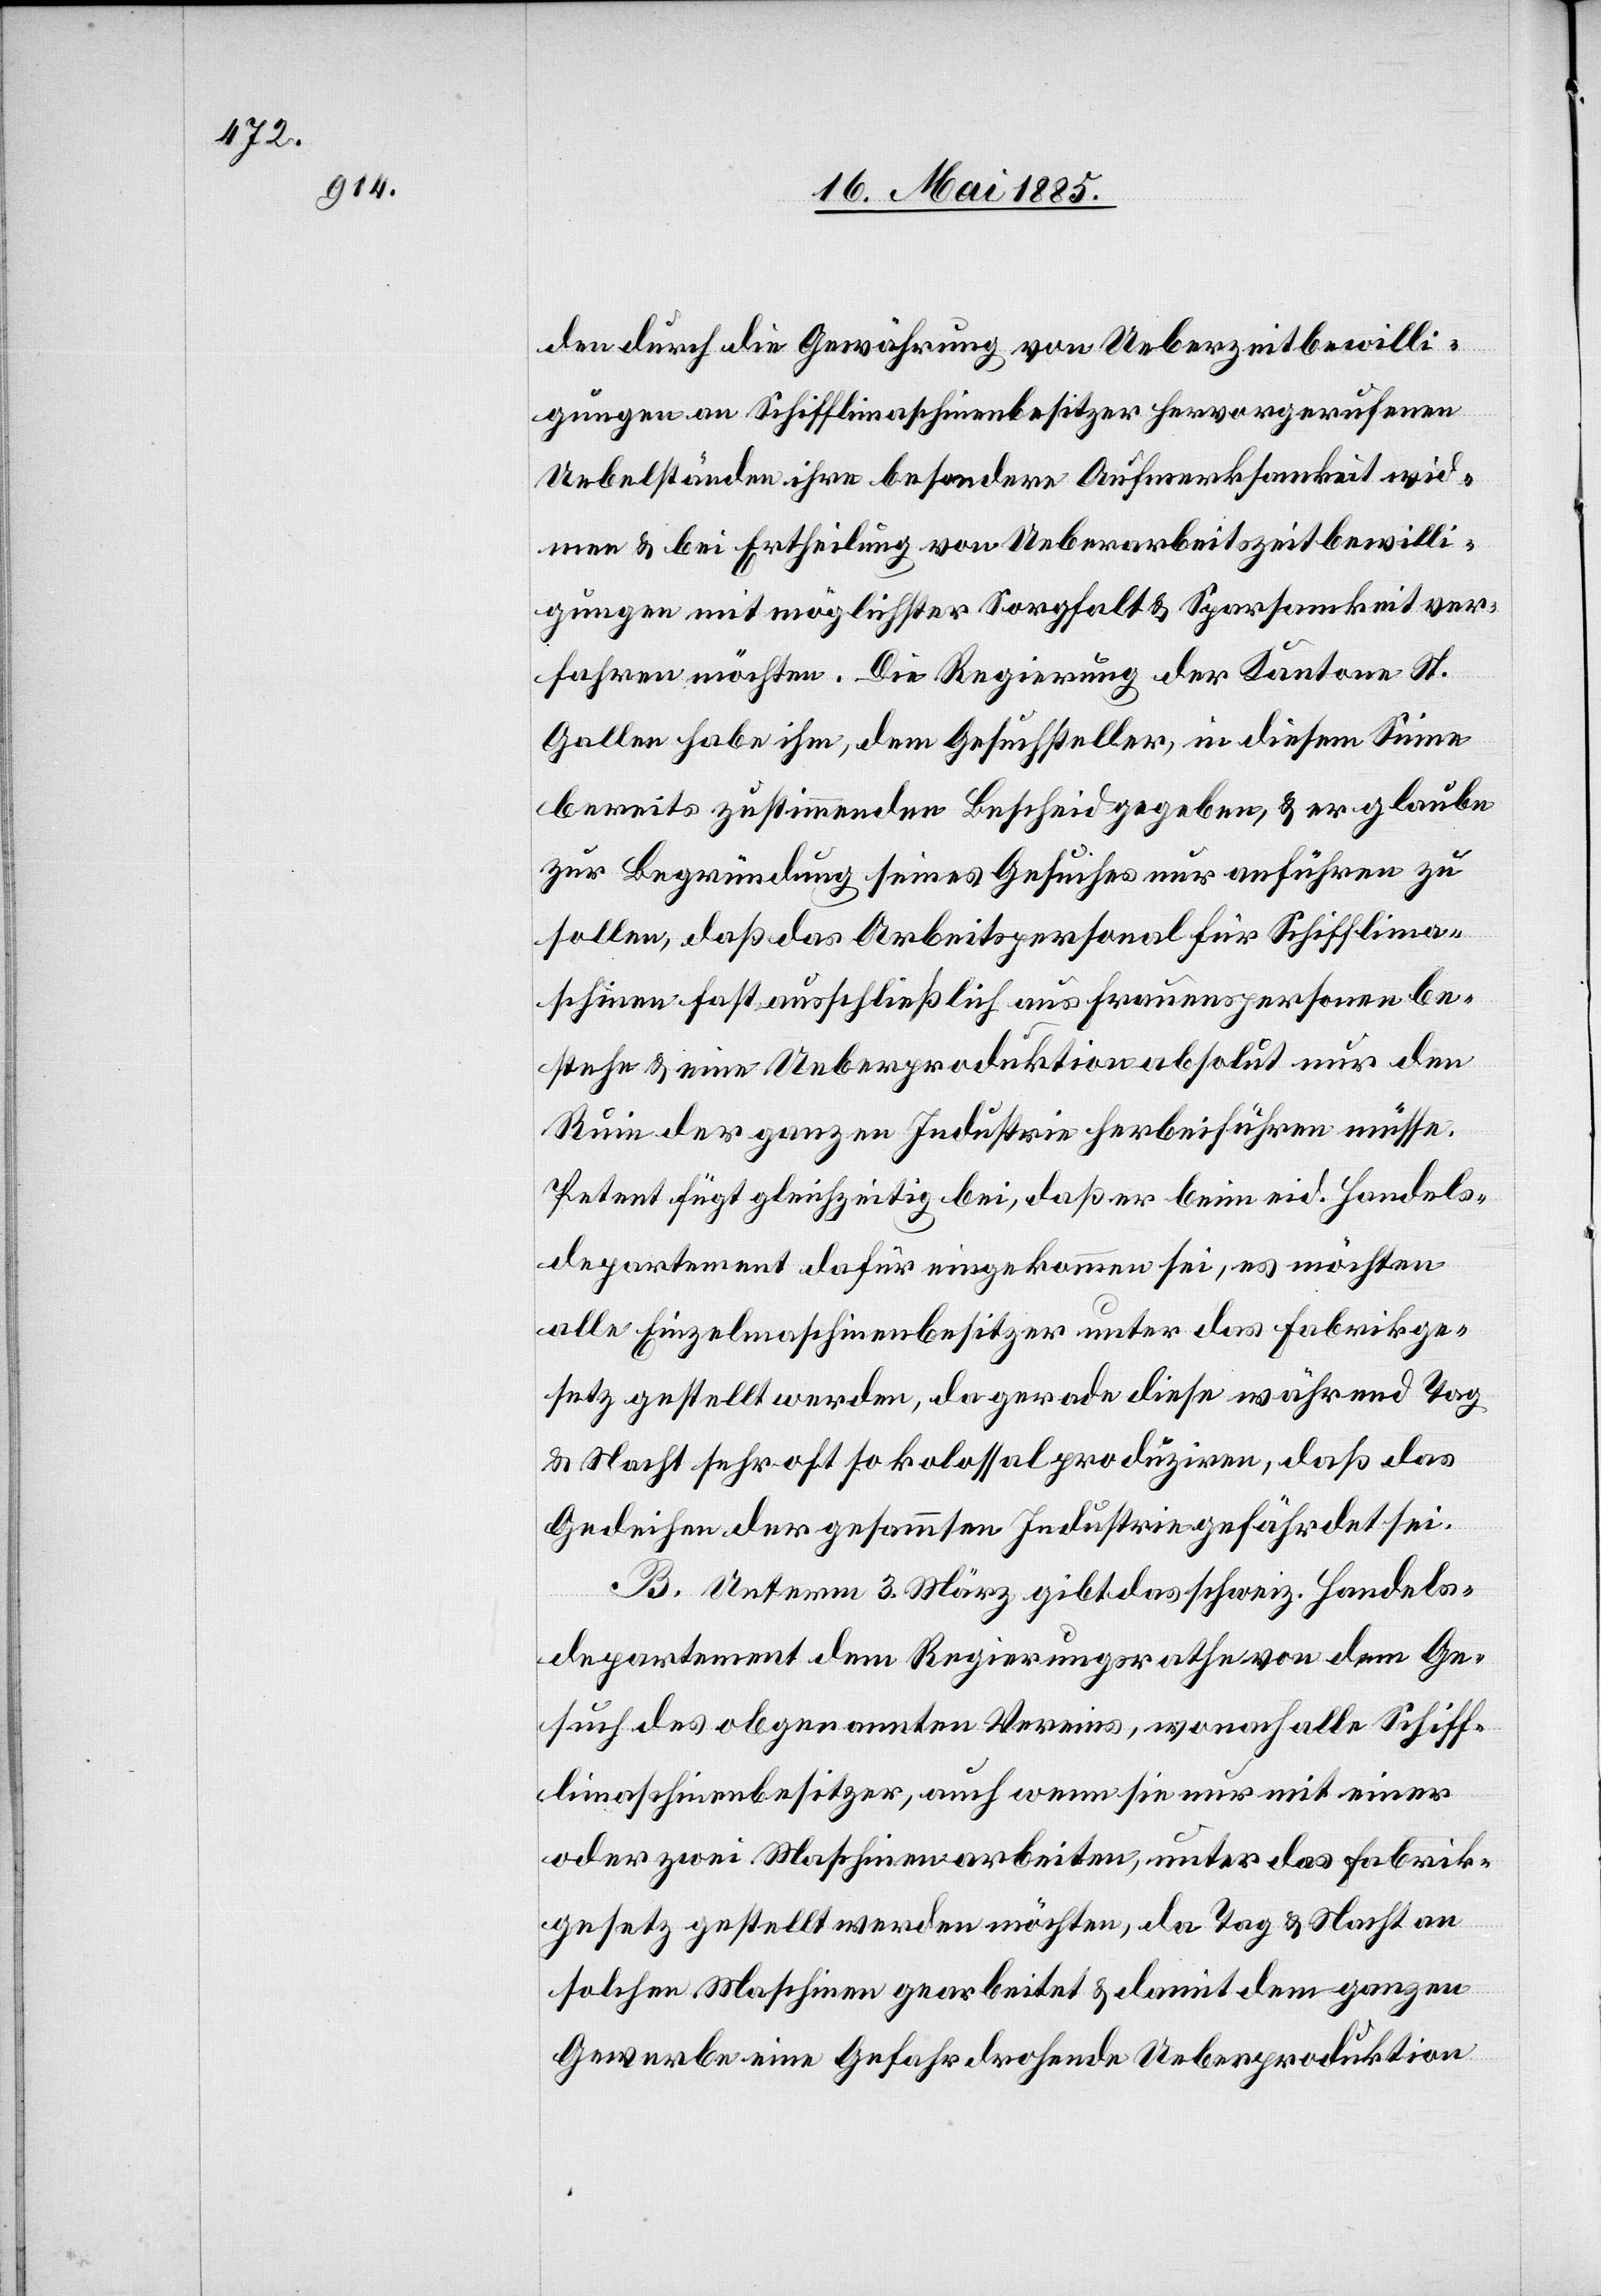
den durch die Gewährung von Ueberzeitbewilli¬
gungen an Schifflimaschinenbesitzer hervorgerufenen
Uebelständen ihre besondere Aufmerksamkeit wid¬
men & bei Ertheilung von Ueberarbeitszeitbewilli¬
gungen mit möglichster Sorgfalt & Sparsamkeit ver¬
fahren möchten. Die Regierung der Kantone
Gallen habe ihm, dem Gesuchsteller, in diesem Sinne
bereits zustimmenden Bescheid gegeben, & er glaube
zur Begründung seines Gesuches nur anführen zu
sollen, daß das Arbeitspersonal für Schifflima¬
schinen fast ausschließlich aus Frauenspersonen be¬
stehe & eine Ueberproduktion absolut nur den
Ruin der ganzen Industrie herbeiführen müsse.
Petent fügt gleichzeitig bei, daß er beim eid. Handels¬
departement dafür eingekommen sei, es möchten
alle Einzelmaschinenbesitzer unter das Fabrikge¬
setz gestellt werden, da gerade diese während Tag
& Nacht sehr oft so kolossal produziren, daß das
Gedeihen der gesammten Industrie gefährdet sei.
B. Unterm 3. März gibt das schweiz. Handels¬
departement dem Regierungsrathe von dem Ge¬
such des obgenannten Vereins, wonach alle Schiff¬
limaschinenbesitzer, auch wenn sie nur mit einer
oder zwei Maschinen arbeiten, unter das Fabrik¬
gesetz gestellt werden möchten, da Tag & Nacht an
solchen Maschinen gearbeitet & damit dem ganzen
Gewerbe eine Gefahr drohende Ueberproduktion